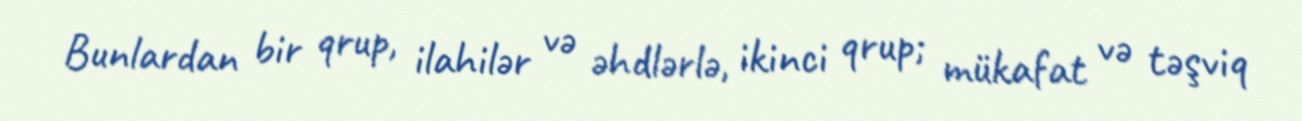
Bunlardan bir qrup, ilahilər və əhdlərlə, ikinci qrup; mükafat və təşviq